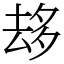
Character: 𠫾